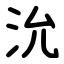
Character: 沇